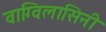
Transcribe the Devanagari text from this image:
वाग्विलासिनी